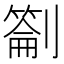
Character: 𭄕